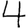
Digit: 4